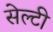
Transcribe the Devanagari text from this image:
सेल्टी